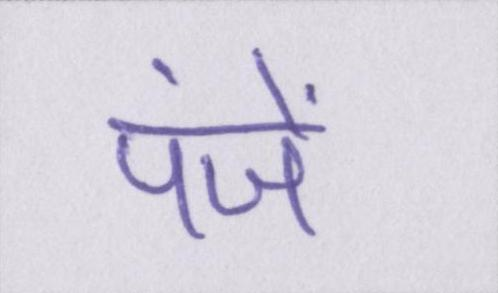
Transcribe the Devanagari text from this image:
पंजें